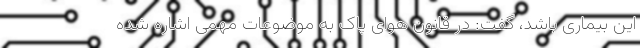
این بیماری باشد، گفت: در قانون هوای پاک به موضوعات مهمی اشاره شده